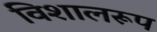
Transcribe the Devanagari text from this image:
विशालरूप